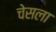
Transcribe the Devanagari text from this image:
चेसला